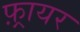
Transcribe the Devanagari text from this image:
फ़्रायर